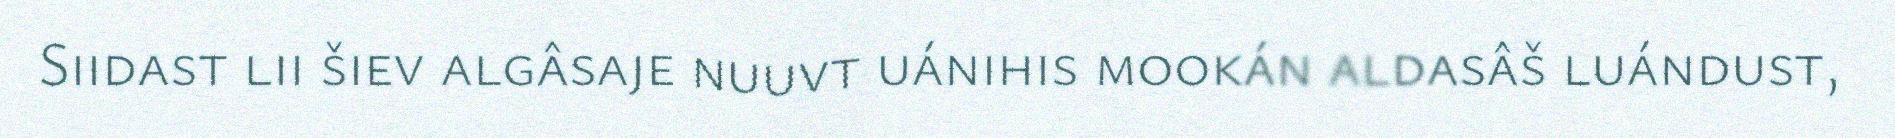
Siidast lii šiev algâsaje nuuvt uánihis mookán aldasâš luándust,